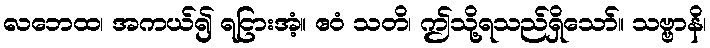
လဘေထ၊ အကယ်၍ ရငြားအံ့။ ဧဝံ သတိ၊ ဤသို့ရသည်ရှိသော်။ သဗ္ဗာနိ၊